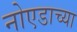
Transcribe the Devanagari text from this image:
नोएडाच्या